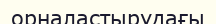
орналастырудағы